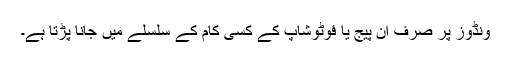
ونڈوز پر صرف ان پیج یا فوٹوشاپ کے کسی کام کے سلسلے میں جانا پڑتا ہے۔